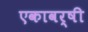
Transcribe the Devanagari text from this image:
एकावर्षी